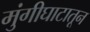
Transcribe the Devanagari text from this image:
मुंगीघाटातून